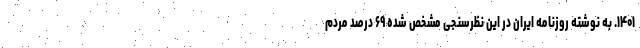
۱۴۰۱. به نوشته روزنامه ایران در این نظرسنجی مشخص شده ۶۹ درصد مردم